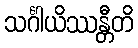
သင်္ဂါယိဿန္တီတိ